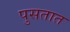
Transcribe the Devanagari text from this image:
पुसतात